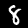
Digit: 8